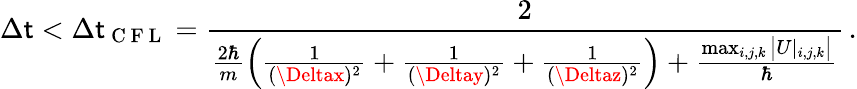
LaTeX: \Delta\mathsf{t}<\Delta\mathsf{t}_{\mathrm{{~C~F~L~}}}=\frac{{2}}{{\frac{{2\hbar}}{{m}}\left(\frac{{1}}{{(\Deltax)^{2}}}+\frac{{1}}{{(\Deltay)^{2}}}+\frac{{1}}{{(\Deltaz)^{2}}}\right)+\frac{{\operatorname*{max}_{i,j,k}\big|U|_{i,j,k}\big|}}{{\hbar}}}}\, .